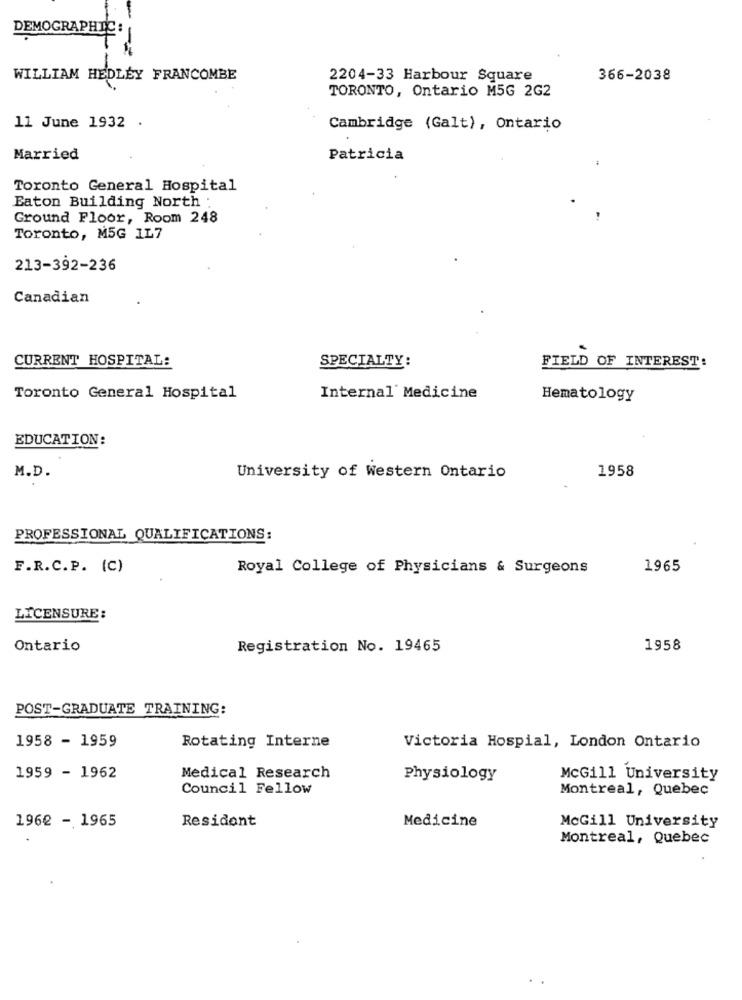
DEMOGRAPHIC:
WILLIAM HEDLEY FRANCOMBE
2204-33 Harbour Square
366-2038
TORONTO, Ontario M5G 2G2
11 June 1932 .
Cambridge (Galt), Ontario
Married
Patricia
Toronto General Hospital
Eaton Building North .
Ground Floor, Room 248
Toronto, M5G 1L7
213-392-236
Canadian
CURRENT HOSPITAL:
SPECIALTY:
FIELD OF INTEREST:
Toronto General Hospital
Internal Medicine
Hematology
EDUCATION:
M.D.
1958
University of Western Ontario
PROFESSIONAL QUALIFICATIONS:
F.R.C.P. (C)
Royal College of Physicians & Surgeons
1965
LICENSURE:
Ontario
Registration No. 19465
1958
POST-GRADUATE TRAINING:
1958 - 1959
Rotating Interne
Victoria Hospial, London Ontario
1959 - 1962
Medical Research
Physiology
McGill University
Council Fellow
Montreal, Quebec
1962 - 1965
Resident
Medicine
McGill University
Montreal, Quebec